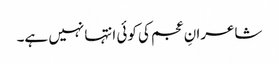
شاعرانِ عجم کی کوئی انتہا نہیں ہے۔